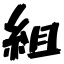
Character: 組